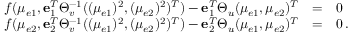
\begin{array} { r c l } { f ( \mu _ { e 1 } , { \bf e } _ { 1 } ^ { T } \Theta _ { v } ^ { - 1 } ( ( \mu _ { e 1 } ) ^ { 2 } , ( \mu _ { e 2 } ) ^ { 2 } ) ^ { T } ) - { \bf e } _ { 1 } ^ { T } \Theta _ { u } ( \mu _ { e 1 } , \mu _ { e 2 } ) ^ { T } } & { = } & { 0 } \\ { f ( \mu _ { e 2 } , { \bf e } _ { 2 } ^ { T } \Theta _ { v } ^ { - 1 } ( ( \mu _ { e 1 } ) ^ { 2 } , ( \mu _ { e 2 } ) ^ { 2 } ) ^ { T } ) - { \bf e } _ { 2 } ^ { T } \Theta _ { u } ( \mu _ { e 1 } , \mu _ { e 2 } ) ^ { T } } & { = } & { 0 \, . } \end{array}